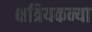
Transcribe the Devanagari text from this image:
क्षत्रियकन्या